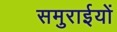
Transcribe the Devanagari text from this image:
समुराईयों